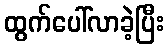
ထွက်ပေါ်လာခဲ့ပြီး